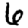
Digit: 6